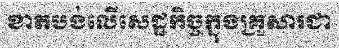
ខាតបង់លើសេដ្ឋកិច្ចក្នុងគ្រួសារជា